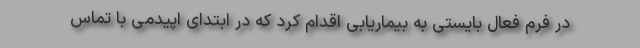
در فرم فعال بایستی به بیماریابی اقدام کرد که در ابتدای اپیدمی با تماس